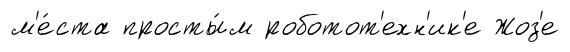
м'е́ста просты́м роботот'ехн'ик'е Жоз'е